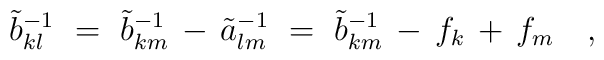
\tilde{b}_{kl}^{-1}~=~\tilde{b}_{km}^{-1} \, - \, \tilde{a}_{lm}^{-1}                      ~=~\tilde{b}_{km}^{-1} \, - \, f_k \, + \, f_m~~~,